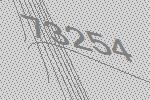
73254